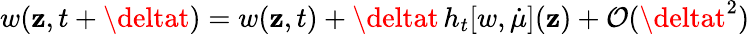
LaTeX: w(\mathbf{z},t+\deltat)=w(\mathbf{z},t)+\deltat\, h_{t}[w,\dot{{\mu}}](\mathbf{z})+\mathcal{{O}}(\deltat^{2})